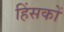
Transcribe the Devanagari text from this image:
हिंसकों